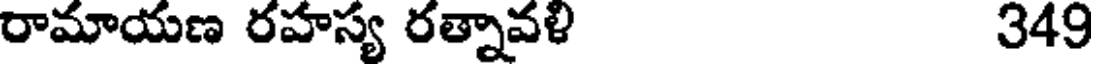
రామాయణ రహస్య రత్నావళి 349